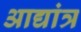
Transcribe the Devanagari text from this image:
आद्यांत्र